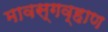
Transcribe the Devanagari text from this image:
मावस्गव्हाण